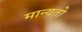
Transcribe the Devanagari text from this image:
मान्यतो